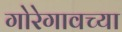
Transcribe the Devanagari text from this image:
गोरेगावच्या